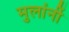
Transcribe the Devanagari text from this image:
मुलांनीं